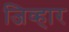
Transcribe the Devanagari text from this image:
जिव्हार